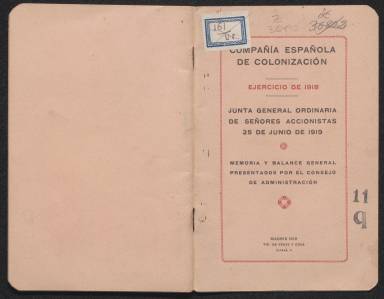
Título: Memoria / Compañía Española de Colonización
Otros títulos: Título de la cubierta: Memoria y balance general presentados por el consejo de administración
Colección: África || Anuarios e informes
Ámbito geográfico: Madrid
Lugar de publicación: Madrid
Fechas: 01/01/1918-31/12/1918